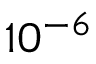
1 0 ^ { - 6 }